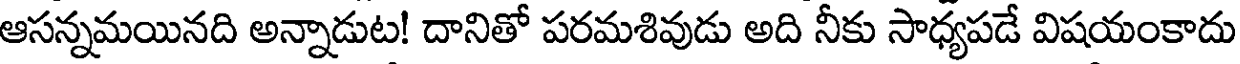
ఆసన్నమయినది అన్నాడుట! దానితో పరమశివుడు అది నీకు సాధ్యపడే విషయంకాదు